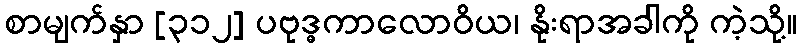
စာမျက်နှာ [၃၁၂] ပဗုဒ္ဓကာလောဝိယ၊ နိုးရာအခါကို ကဲ့သို့။